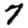
Digit: 7